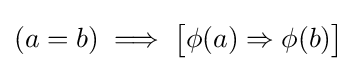
(a=b)\implies {\bigl [}\phi (a)\Rightarrow \phi (b){\bigr ]}